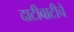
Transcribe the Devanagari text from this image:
दाटीवाटीचे